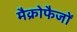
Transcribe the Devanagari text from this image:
मैक्रोफैजों